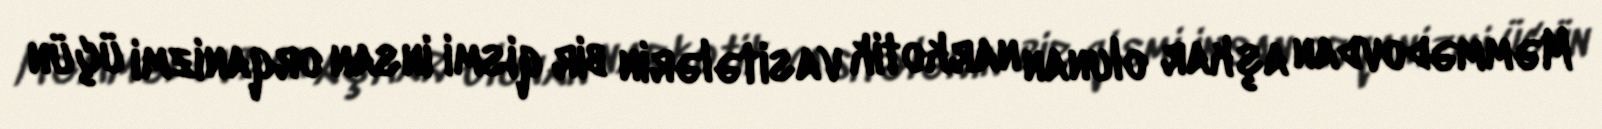
Məmmədovdan aşkar olunan narkotik vasitələrin bir qismi insan orqanizmi üçün